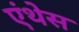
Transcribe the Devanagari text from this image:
एंथेस